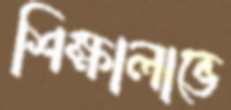
শিক্ষালাভে